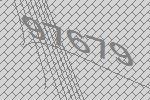
97679